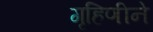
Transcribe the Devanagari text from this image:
गृहिणीने